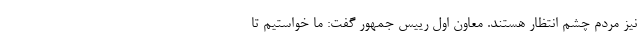
نیز مردم چشم انتظار هستند. معاون اول رییس جمهور گفت: ما خواستیم تا